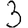
Digit: 3